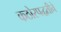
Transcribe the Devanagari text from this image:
कठोरपद्धतीने